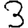
Digit: 3